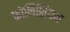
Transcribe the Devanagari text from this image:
फोनिशियन